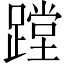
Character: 蹚